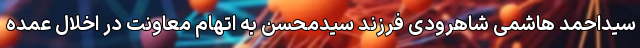
سیداحمد هاشمی شاهرودی فرزند سیدمحسن به اتهام معاونت در اخلال عمده